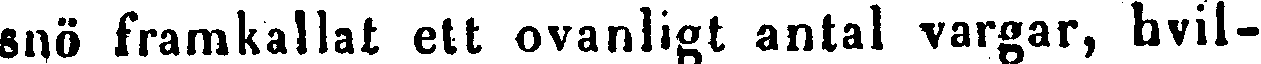
snö framkallat ett ovanligt antal vargar, hvil-